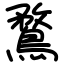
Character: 鶩